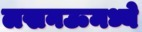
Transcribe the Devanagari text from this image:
लखनऊमध्ये